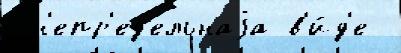
 н'епр'ед'ельнаjа в'и́д'е